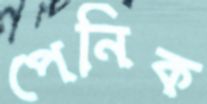
পেনিক